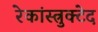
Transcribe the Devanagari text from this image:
रेकांस्त्रुक्टेद